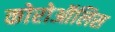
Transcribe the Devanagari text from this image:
कोरोऑलिस